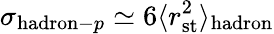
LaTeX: \sigma_{\mathrm{hadron}-p}\simeq 6\langle r_{\mathrm{st}}^{2}\rangle_{\mathrm{hadron}}